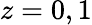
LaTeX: z=0,1